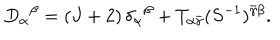
D _ { \alpha } { } ^ { \beta } = ( J + 2 ) \, \delta _ { \alpha } { } ^ { \beta } + T _ { \alpha \bar { \gamma } } ( S ^ { - 1 } ) ^ { \bar { \gamma } \beta } .